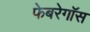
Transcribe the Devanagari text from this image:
फेबरेगॉस